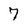
Character: 7